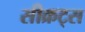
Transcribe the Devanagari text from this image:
सीक्रट्स